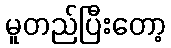
မူတည်ပြီးတော့